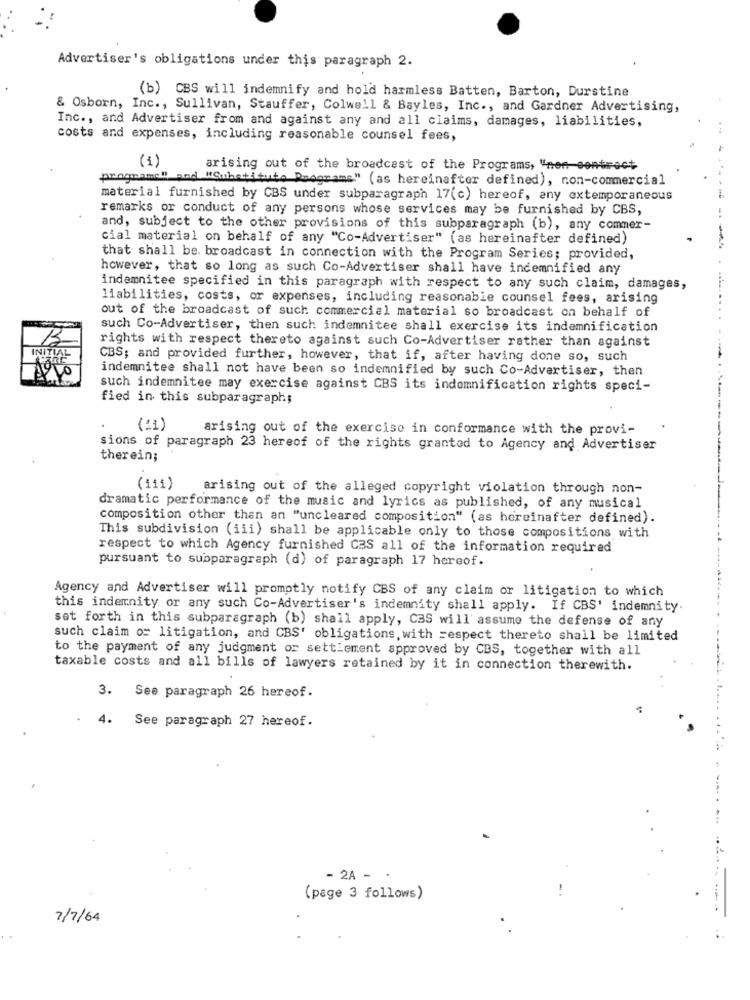
Advertiser's obligations under this paragraph 2.
(b) CBS will indemnify and hold harmless Batten, Barton, Durstine
& Osborn, Inc ., Sullivan, Stauffer, Colwell & Bayles, Inc ., and Gardner Advertising,
Inc ., and Advertiser from and against any and all claims, damages, liabilities,
costs and expenses, including reasonable counsel fees,
(1)
arising out of the broadcast of the Programs, "men contract
programe" and "Substitute Programe" (as hereinafter defined), non-commercial
material furnished by CBS under subparagraph 17(c) hereof, any extemporaneous
remarks or conduct of any persons whose services may be furnished by CBS,
and, subject to the other provisions of this subparagraph (b), any commer-
cial material on behalf of any "Co-Advertiser" (as hereinafter defined)
that shall be. broadcast in connection with the Program Series; provided,
however, that so long as such Co-Advertiser shall have indemnified any
indemnitee specified in this paragraph with respect to any such claim, damages,
liabilities, costs, or expenses, including reasonable counsel fees, arising
out of the broadcast of such commercial material so broadcast on behalf of
such Co-Advertiser, then such indemnitee shall exercise its indemnification
.. ..
rights with respect thereto against such Co-Advertiser rather than against
INITIAL
CBS; and provided further, however, that if, after having done so, such
indemnitee shall not have been so indemnified by such Co-Advertiser, then
such indemnitee may exercise against CBS its indemnification rights speci-
fied in this subparagraph;
(21)
arising out of the exercise in conformance with the provi-
sions of paragraph 23 hereof of the rights granted to Agency and Advertiser
therein;
(111)
arising out of the alleged copyright violation through non-
dramatic performance of the music and lyrics as published, of any musical
composition other than an "uncleared composition" (as hereinafter defined).
This subdivision (iii) shall be applicable only to those compositions with
respect to which Agency furnished CBS all of the information required
pursuant to subparagraph (d) of paragraph 17 hereof.
Agency and Advertiser will promptly notify CBS of any claim or litigation to which
this indemnity or any such Co-Advertiser's indemnity shall apply. If CBS' indemnity.
set forth in this subparagraph (b) shall apply, CBS will assume the defense of any
such claim or litigation, and CBS' obligations, with respect thereto shall be limited
to the payment of any judgment or settlement approved by CBS, together with all
taxable costs and all bills of lawyers retained by it in connection therewith.
3. See paragraph 26 hereof.
4.
See paragraph 27 hereof.
- 2A - ·
(page 3 follows)
-------
7/7/64